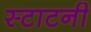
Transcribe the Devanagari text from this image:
स्टाटनी